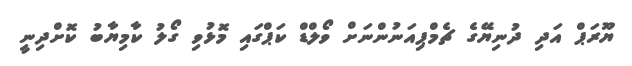
ޔޫރަޕް އަދި ދުނިޔޭގެ ޗެމްޕިއަނުންނަށް ވޯލްޑް ކަޕްގައި މޮޅުވި ގޯލު ކާމިޔާބު ކޮށްދިނީ